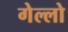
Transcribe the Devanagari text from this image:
गेल्लो